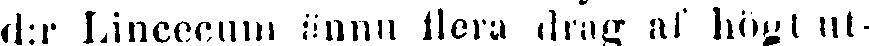
där Lincecum ännu flera drag af högt ut-